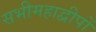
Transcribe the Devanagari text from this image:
सभीमहाद्वीपों